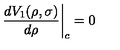
\left. \frac { d V _ { 1 } ( \rho , \sigma ) } { d \rho } \right| _ { c } = 0